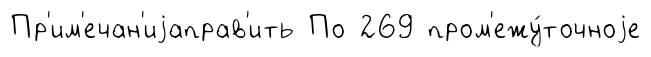
Пр'им'ечан'иjаправ'ить По 269 пром'ежу́точноjе